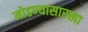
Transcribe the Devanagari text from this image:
मोडण्यासारखा